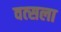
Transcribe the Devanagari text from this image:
वत्‍सला